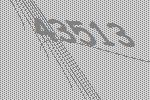
43513